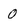
Character: 0